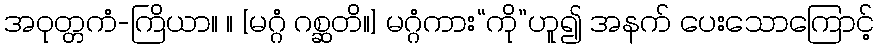
အဝုတ္တကံ-ကြိယာ။ ။ [မဂ္ဂံ ဂစ္ဆတိ။] မဂ္ဂံကား“ကို”ဟူ၍ အနက် ပေးသောကြောင့်